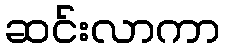
ဆင်းလာကာ